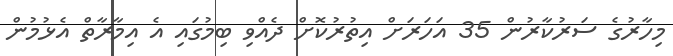
މިހާރުގެ ސަރުކާރުން 35 އަހަރަށް އިތުރުކޮށް ދެއްވި ބިމުގައި އެ އިމާރާތް އެޅުމުން